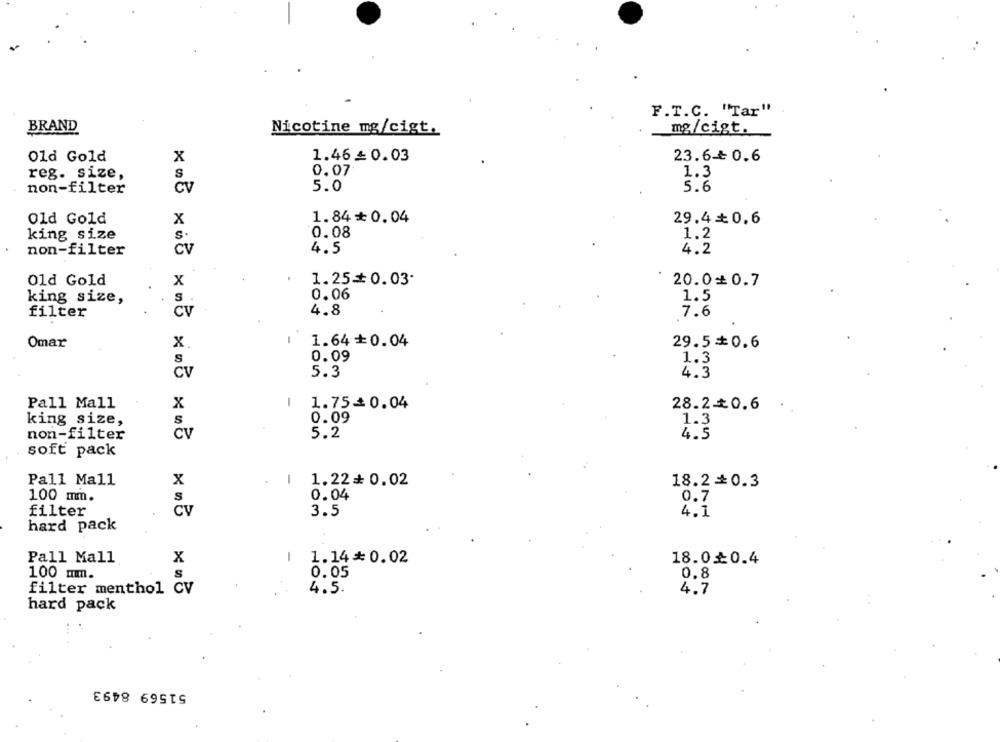
F.T.C. "Tar"
BRAND
Nicotine mg/cigt.
mg/cigt.
Old Gold
x
1.46£ 0.03
23.6-₺ 0.6
reg. size,
S
0.07
1.3
5.6
non-filter
CV
5.0
Old Gold
x
1.84₺ 0.04
29.4+ 0.6
king size
S.
0.08
1.2
non-filter
Cv
4.5
4.2
Old Gold
1.25=0.03.
20.0+0.7
x
0.06
king size,
1.5
4.8
filter
CV
7.6
1.64+0.04
Omar
X
29.5=0.6
0.09
S
1.3
CV
5.3
4.3
Pall Mall
x
1
1.75=0.04
28.2.+0.6
king size,
0.09
1.3
non-filter
CV
5.2
4.5
soft pack
Pall Mall
X
-
1.22= 0.02
18.2=0.3
100 mm.
0.04
0.7
s
filter
CV
3.5
4.1
hard pack
Pall Mall
X
-
1.14* 0.02
18.0 0.4
100 mm.
S
0.05
0.8
filter menthol CV
4.5.
4.7
hard pack
51569 8493